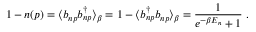
1 - n ( p ) = \langle b _ { n p } b _ { n p } ^ { \dag } \rangle _ { \beta } = 1 - \langle b _ { n p } ^ { \dag } b _ { n p } \rangle _ { \beta } = \frac { 1 } { e ^ { - \beta E _ { n } } + 1 } \; .